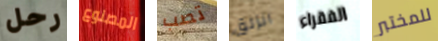
رحل المصنوع تصب انزلق الفقراء للمختبر